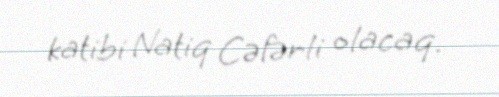
katibi Natiq Cəfərli olacaq.